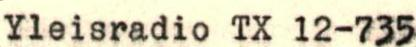
Yleisradio TX 12-735